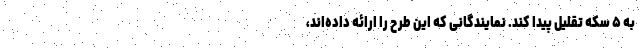
به ۵ سکه تقلیل پیدا کند. نمایندگانی که این طرح را ارائه داده‌اند،